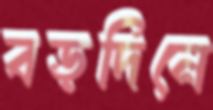
বড়দিনে